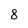
Character: 8